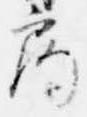
局